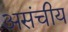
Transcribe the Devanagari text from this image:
असंचीय